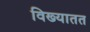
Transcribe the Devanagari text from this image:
विख्यातत